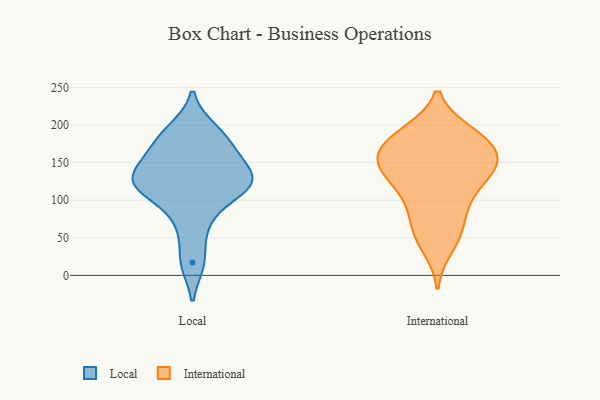
{"axis": {"x": "Temperature (°C)", "y": "Value"}, "legend": ["International", "Local"], "data": [{"x": "", "y": 67, "type": "Local"}, {"x": "", "y": 17, "type": "Local"}, {"x": "", "y": 194, "type": "Local"}, {"x": "", "y": 149, "type": "Local"}, {"x": "", "y": 181, "type": "Local"}, {"x": "", "y": 121, "type": "Local"}, {"x": "", "y": 131, "type": "Local"}, {"x": "", "y": 107, "type": "Local"}, {"x": "", "y": 165, "type": "Local"}, {"x": "", "y": 129, "type": "Local"}, {"x": "", "y": 116, "type": "Local"}, {"x": "", "y": 147, "type": "International"}, {"x": "", "y": 189, "type": "International"}, {"x": "", "y": 136, "type": "International"}, {"x": "", "y": 58, "type": "International"}, {"x": "", "y": 187, "type": "International"}, {"x": "", "y": 125, "type": "International"}, {"x": "", "y": 155, "type": "International"}, {"x": "", "y": 179, "type": "International"}, {"x": "", "y": 176, "type": "International"}, {"x": "", "y": 38, "type": "International"}, {"x": "", "y": 97, "type": "International"}, {"x": "", "y": 150, "type": "International"}, {"x": "", "y": 186, "type": "International"}, {"x": "", "y": 105, "type": "International"}, {"x": "", "y": 56, "type": "International"}, {"x": "", "y": 81, "type": "International"}, {"x": "", "y": 153, "type": "International"}, {"x": "", "y": 155, "type": "International"}, {"x": "", "y": 133, "type": "International"}]}